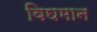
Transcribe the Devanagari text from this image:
विघमान